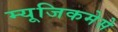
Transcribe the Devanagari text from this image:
म्यूजिकमेसे